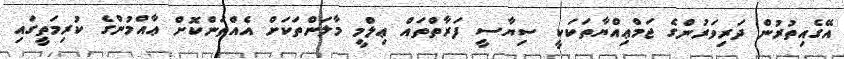
އޭގެއިތުރުން ދަރިވަރުންގެ ޖަމްޢިއްޔާތަކަކީ ސިޔާސީ ފަރާތްތައް ޢިލްމީ މާލަންތަކަށް އެއްތަންކޮށް ޢާއްމުންގެ ކުރިމަތީގައި